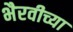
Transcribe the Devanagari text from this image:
भैरवीच्या